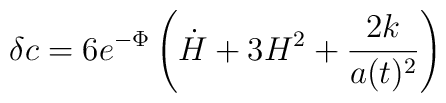
\delta c = 6e^{-\Phi}\left( {\dot H} + 3H^2 + \frac{2k}{a(t)^2}\right)